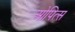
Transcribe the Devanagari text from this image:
ओपित्स